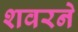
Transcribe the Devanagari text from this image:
शवरने